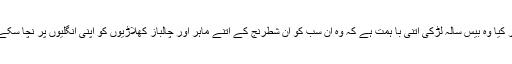
اور کیا وہ بیس سالہ لڑکی اتنی با ہمت ہے کہ وہ ان سب کو ان شطرنج کے اتنے ماہر اور چالباز کھلاڑیوں کو اپنی انگلیوں پر نچا سکے ؟